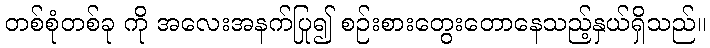
တစ်စုံတစ်ခု ကို အလေးအနက်ပြု၍ စဉ်းစားတွေးတောနေသည့်နှယ်ရှိသည်။